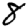
Digit: 8